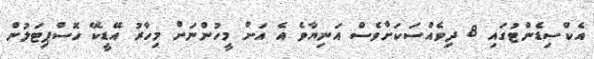
އެކްސިޑެންޓުގައި 8 ދިވެއްސަކަށްވެސް އަނިޔާވެ އެ އަށް މީހުންނަށް މިހާރު އޭޑީކޭ ހޮސްޕިޓަލުން